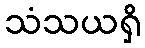
သံသယရှိ